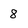
Character: 8